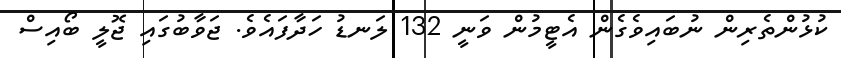
ކުޅުންތެރިން ނުބައިވެގެން އެޓީމުން ވަނީ 132 ލަނޑު ހަދާފައެވެ. ޖަވާބުގައި ޖޮލީ ބޯއިސް